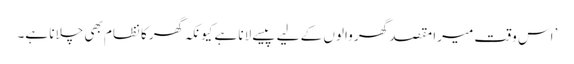
’اس وقت میرا مقصد گھر والوں کے لیے پیسے لانا ہے کیونکہ گھر کا نظام بھی چلانا ہے۔